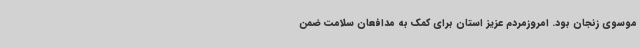
موسوی زنجان بود. امروزمردم عزیز استان برای کمک به مدافعان سلامت ضمن